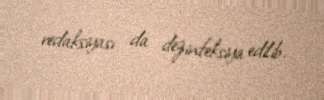
redaksiyası da dezinfeksiya edilib.